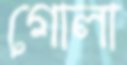
গোলা